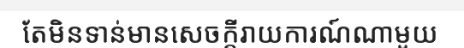
តែមិនទាន់មានសេចក្តីរាយការណ៍ណាមួយ